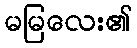
မမြလေး၏